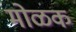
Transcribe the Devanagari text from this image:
मोळक